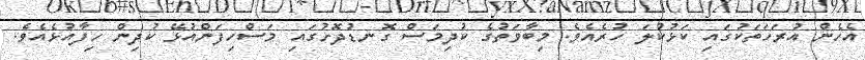
އެހެން އުރަހަތަކުގައި ކަޅުކުލަ ހުރެއެވެ. މިބާވަތުގެ ކުދިމަސް ގޮނޑުދޮށުގައި މަސްހިފަންއުޅޭ ކުދިން ހިފާއުޅެއެވެ.